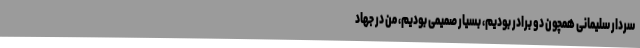
سردار سلیمانی همچون دو برادر بودیم، بسیار صمیمی بودیم، من در جهاد